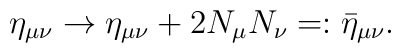
\eta _{\mu \nu }\rightarrow \eta _{\mu \nu }+2N_\mu N_\nu =:\bar \eta _{\mu\nu}.